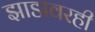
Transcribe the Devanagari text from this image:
झाडावरही